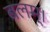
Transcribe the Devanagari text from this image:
बलम्।